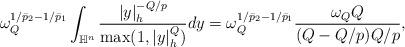
LaTeX: \begin{align*}\omega_Q^{1/\bar{p}_2-1/\bar{p}_1}\int_{\mathbb H^n}\frac{|y|_h^{-Q/p}}{\max(1,|y|_h^Q)}dy=\omega_Q^{1/\bar{p}_2-1/\bar{p}_1}\frac{\omega_QQ}{(Q-Q/p)Q/p},\end{align*}